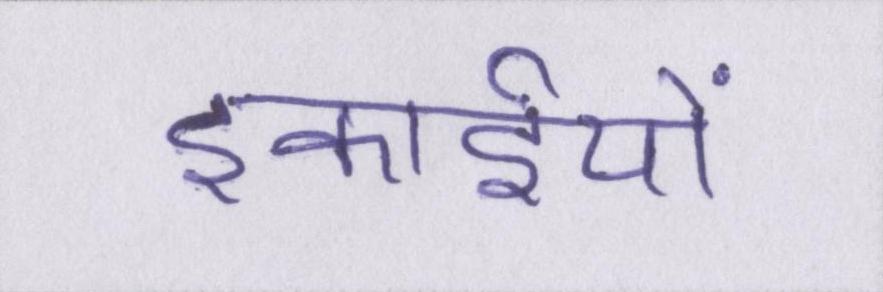
इकाईयों